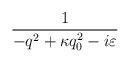
LaTeX: \begin{align*}\frac{1}{-q^{2}+\kappa q_{0}^{2}-i\varepsilon }\end{align*}